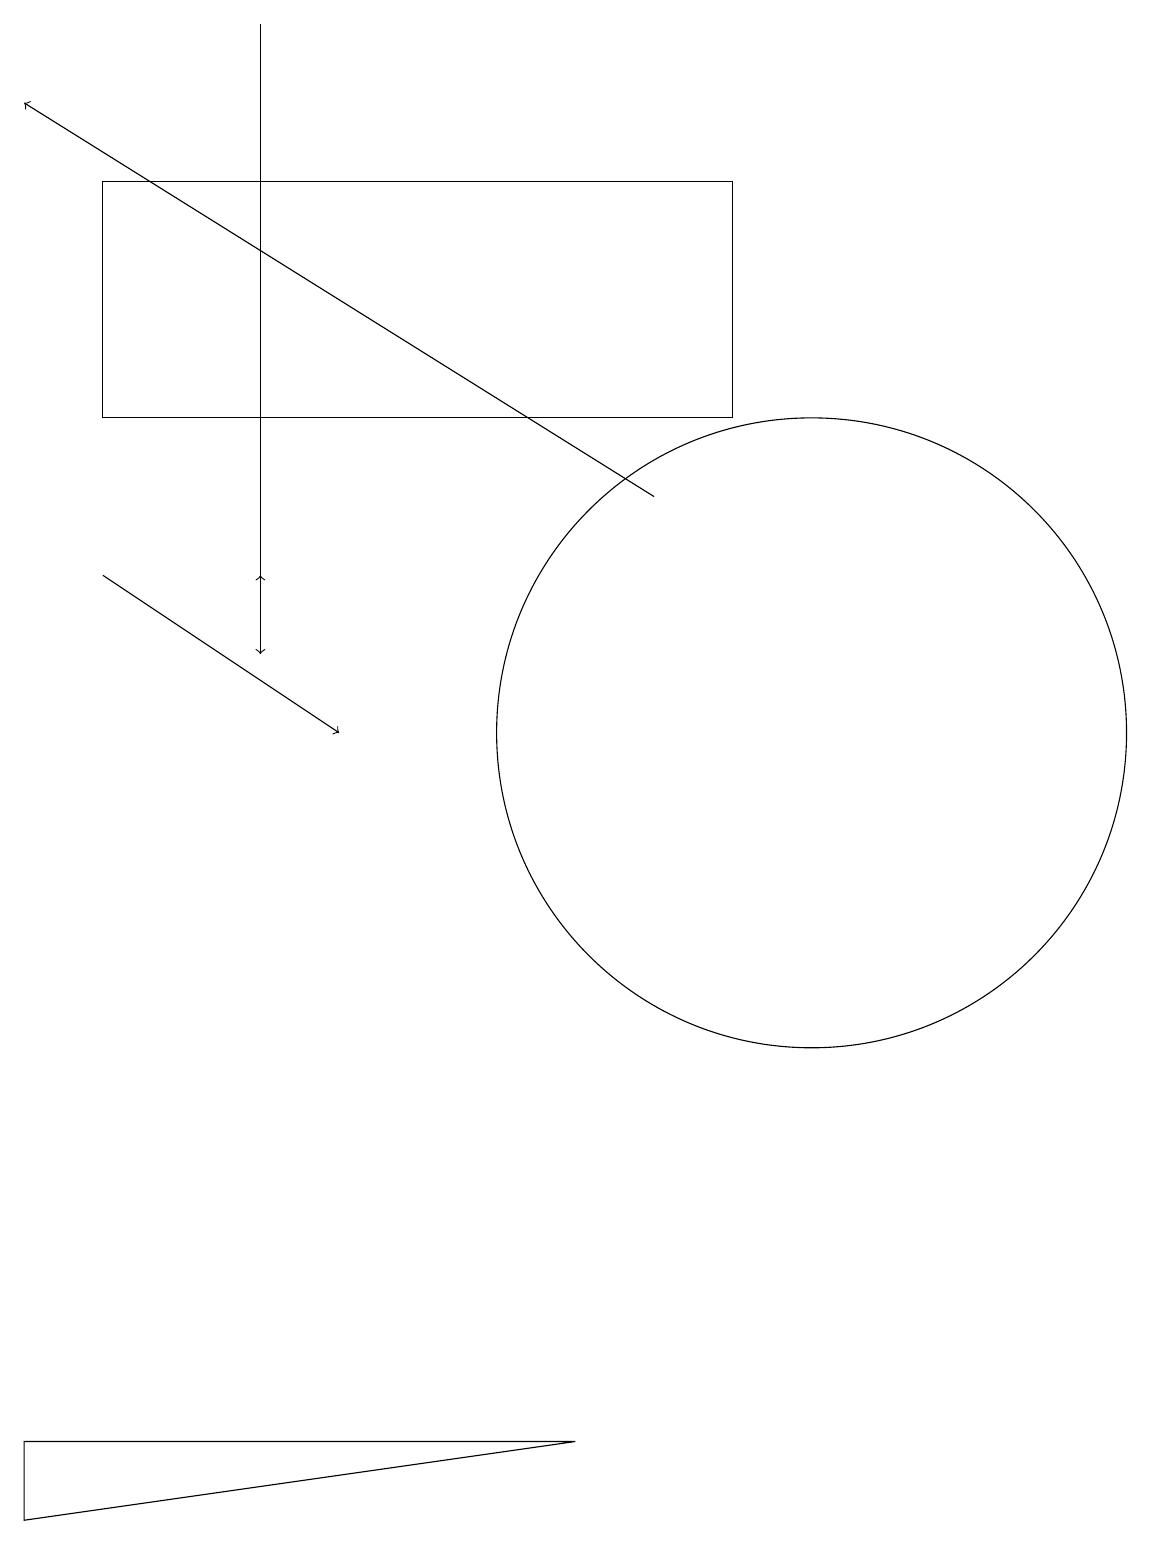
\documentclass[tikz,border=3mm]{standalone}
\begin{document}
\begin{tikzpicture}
\draw[->] (3,19) -- (3,11);
\draw[->] (8,13) -- (0,18);
\draw (1,17) rectangle (9,14);
\draw[->] (1,12) -- (4,10);
\draw (0,1) -- (7,1) -- (0,0) -- cycle;
\draw[->] (3,12) -- (3,12);
\draw (10,10) circle (4);
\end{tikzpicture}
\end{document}